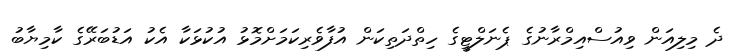
ދެ މިލިއަން ވިއުސްއިމްރާނުގެ ޕެނަލްޓީގެ ހިތްދަތިކަން އުފާވެރިކަމަށްމޮޅު އުކުޅަކާ އެކު އަޑުބަރޭގެ ކާމިޔާބު